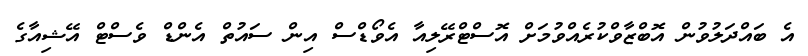
އެ ބައްދަލުވުން އޮބްޒާވްކުރެއްވުމަށް އޮސްޓްރޭލިއާ އެވޯޑްސް އިން ސައުތް އެންޑް ވެސްޓް އޭޝިއާގެ